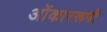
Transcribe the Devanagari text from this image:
ओंकाररूपी